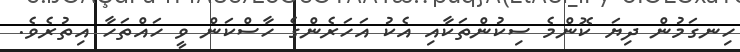
ހިނގަމުން ދިޔަ ކޮންމެ ސިކުންތަކާއި އެކު އަހަރެންގެ ހާސްކަން ވީ ހައްތަހާ އިތުރެވެ.